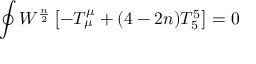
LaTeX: \oint W ^ { \frac { n } { 2 } } \left[ - T _ { \mu } ^ { \mu } + ( 4 - 2 n ) T _ { 5 } ^ { 5 } \right] = 0